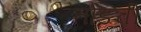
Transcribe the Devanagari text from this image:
तोंडची